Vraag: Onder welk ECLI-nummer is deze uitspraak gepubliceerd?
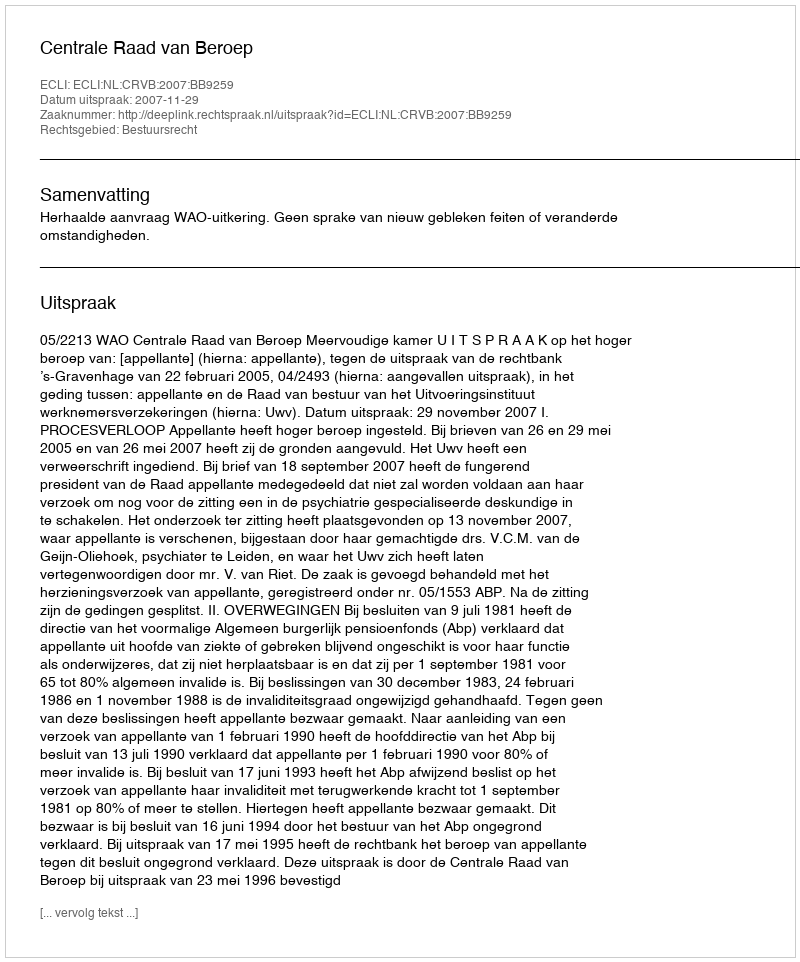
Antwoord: ECLI:NL:CRVB:2007:BB9259